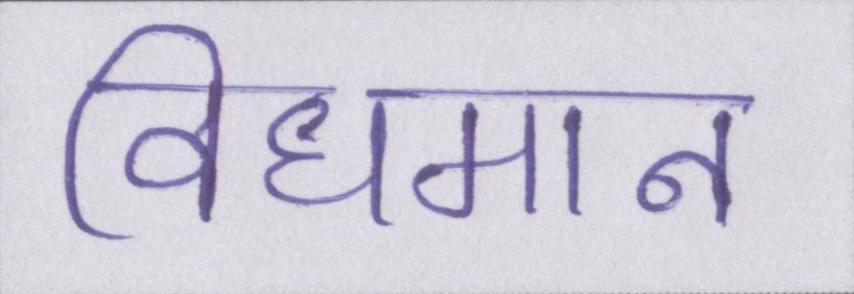
विधमान